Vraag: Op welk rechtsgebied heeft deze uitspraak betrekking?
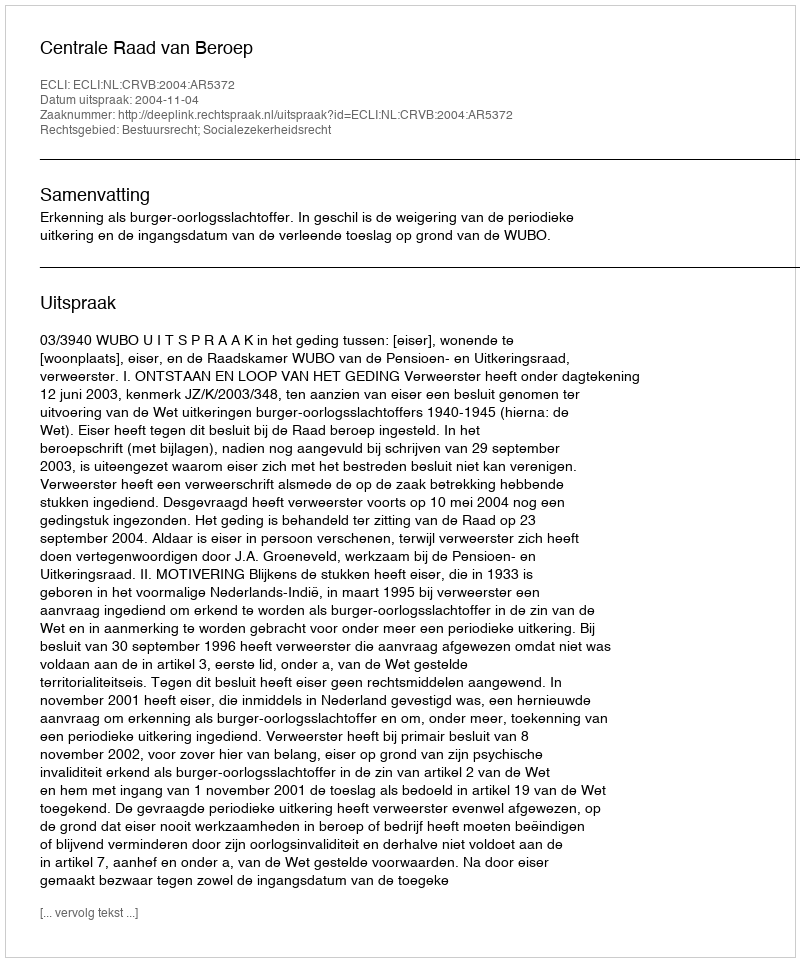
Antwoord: Bestuursrecht; Socialezekerheidsrecht